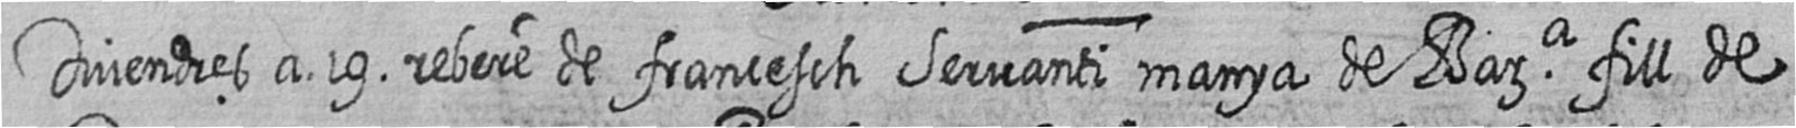
Divendres a 19 rebere de francesch Servanti manya de Bara fill de